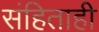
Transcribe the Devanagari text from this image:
संहिताही